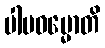
ပါပဓမ္မောတိ